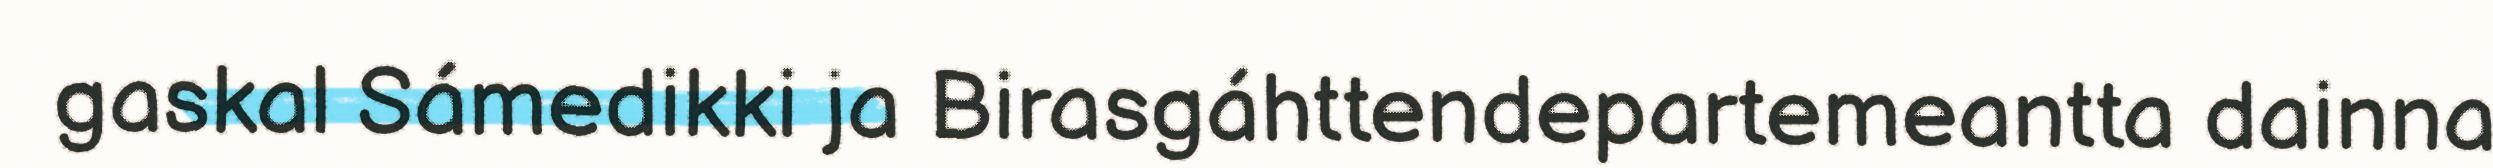
gaskal Sámedikki ja Birasgáhttendepartemeantta dainna